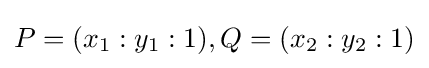
P=(x_{1}:y_{1}:1),Q=(x_{2}:y_{2}:1)